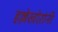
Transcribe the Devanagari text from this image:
हल्लेखोऱांनी